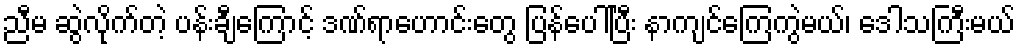
ညီမ ဆွဲလိုက်တဲ့ ပန်းချီကြောင့် ဒဏ်ရာဟောင်းတွေ ပြန်ပေါ်ပြီး နာကျင်ကြေကွဲမယ်၊ ဒေါသကြီးမယ်